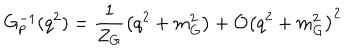
LaTeX: G _ { p } ^ { - 1 } ( q ^ { 2 } ) = \frac { 1 } { Z _ { G } } \left( q ^ { 2 } + m _ { G } ^ { 2 } \right) + { \cal O } \left( q ^ { 2 } + m _ { G } ^ { 2 } \right) ^ { 2 }